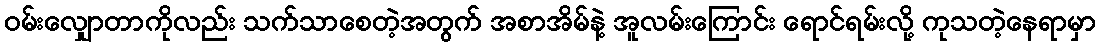
ဝမ်းလျှောတာကိုလည်း သက်သာစေတဲ့အတွက် အစာအိမ်နဲ့ အူလမ်းကြောင်း ရောင်ရမ်းလို့ ကုသတဲ့နေရာမှာ